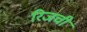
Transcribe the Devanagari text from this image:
रिजची